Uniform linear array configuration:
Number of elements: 16
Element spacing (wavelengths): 0.5
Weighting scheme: hamming
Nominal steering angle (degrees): -15
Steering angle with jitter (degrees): -16.476
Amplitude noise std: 0.05
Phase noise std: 0.05

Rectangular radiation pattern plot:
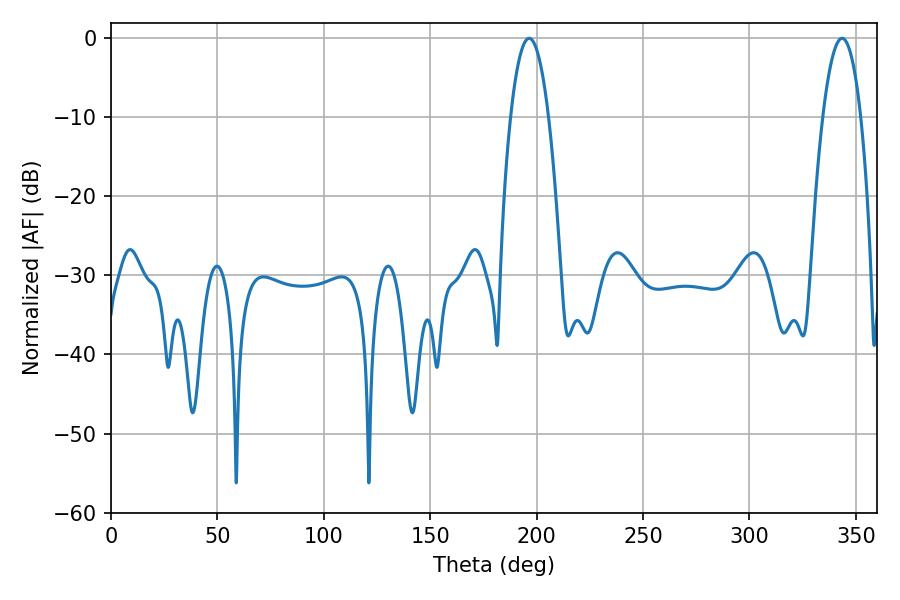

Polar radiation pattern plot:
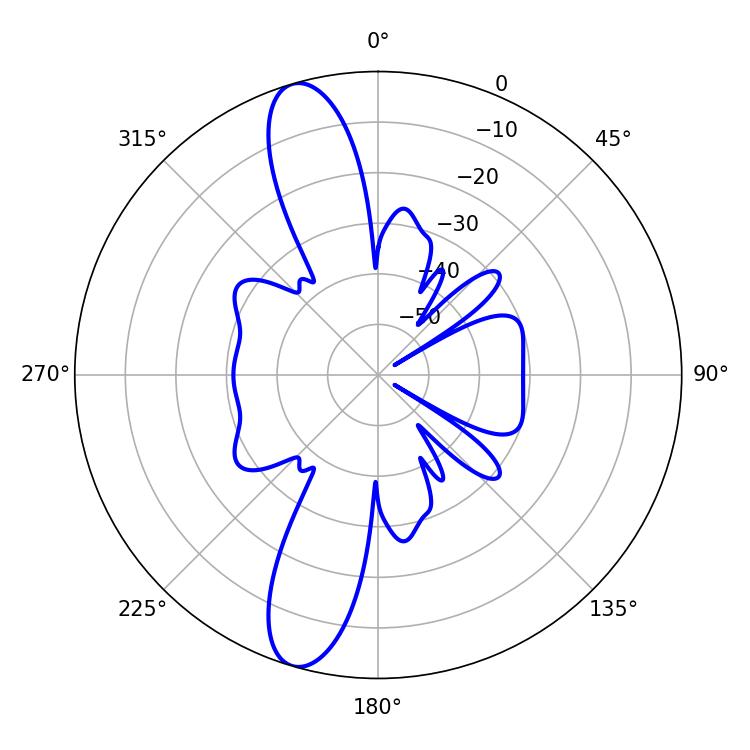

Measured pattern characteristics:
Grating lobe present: FALSE
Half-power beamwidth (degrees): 9.9
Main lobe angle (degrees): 196.56